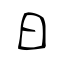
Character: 曰